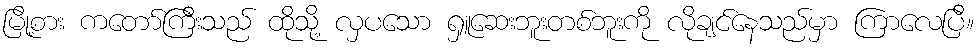
မြို့စား ကတော်ကြီးသည် ထိုသို့ လှပသော ရှူဆေးဘူးတစ်ဘူးကို လိုချင်နေသည်မှာ ကြာလေပြီ။